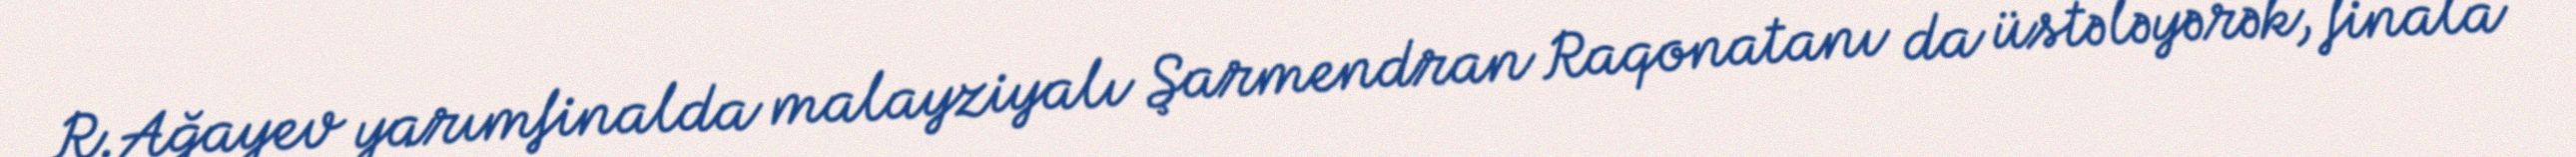
R.Ağayev yarımfinalda malayziyalı Şarmendran Raqonatanı da üstələyərək, finala